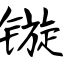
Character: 镟